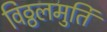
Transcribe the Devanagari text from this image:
विठ्ठलमुर्ति